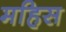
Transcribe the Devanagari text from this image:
महिस